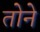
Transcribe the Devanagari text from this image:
तोने